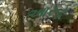
આરૂઢ